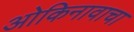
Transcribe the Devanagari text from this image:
ओकिनावाचा